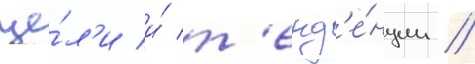
це́л'и и́ т'енд'е́нции //